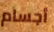
أجسام